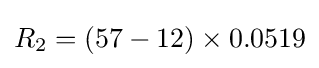
R_{2}=(57-12)\times 0.0519